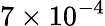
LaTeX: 7\times 10^{-4}